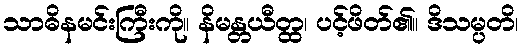
သာဓိနမင်းကြီးကို။ နိမန္တယီတ္ထ၊ ပင့်ဖိတ်၏။ ဒိသမ္ပတိ၊